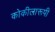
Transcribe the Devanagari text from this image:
कोकीलारूपी